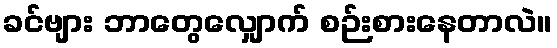
ခင်ဗျား ဘာတွေလျှောက် စဉ်းစားနေတာလဲ။